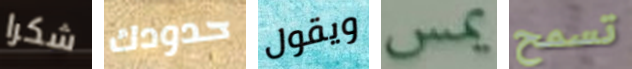
شكرا حدودك ويقول يمس تسمح